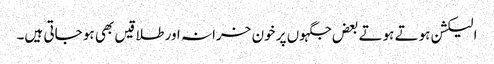
الیکشن ہوتے ہوتے بعض جگہوں پر خون خرانہ اور طلاقیں بھی ہو جاتی ہیں۔